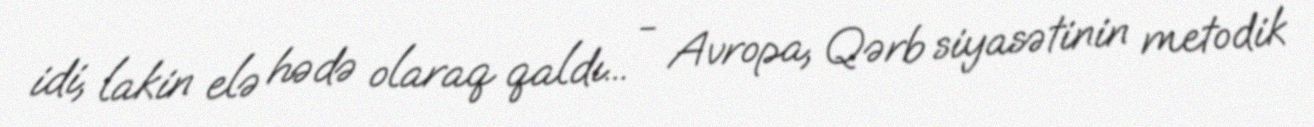
idi, lakin elə hədə olaraq qaldı... - Avropa, Qərb siyasətinin metodik